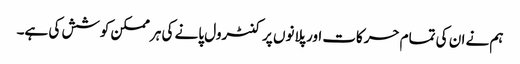
ہم نے ان کی تمام حرکات اور پلانوں پر کنٹرول پانے کی ہر ممکن کوشش کی ہے۔